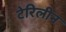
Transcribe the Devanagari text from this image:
टेरिलीन